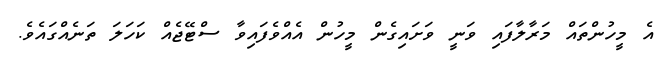
އެ މީހުންތައް މަރާލާފައި ވަނީ ވަށައިގެން މީހުން އެއްވެފައިވާ ސްޓޭޖެއް ކަހަލަ ތަނެއްގައެވެ.